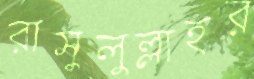
রাসুলুল্লাহর